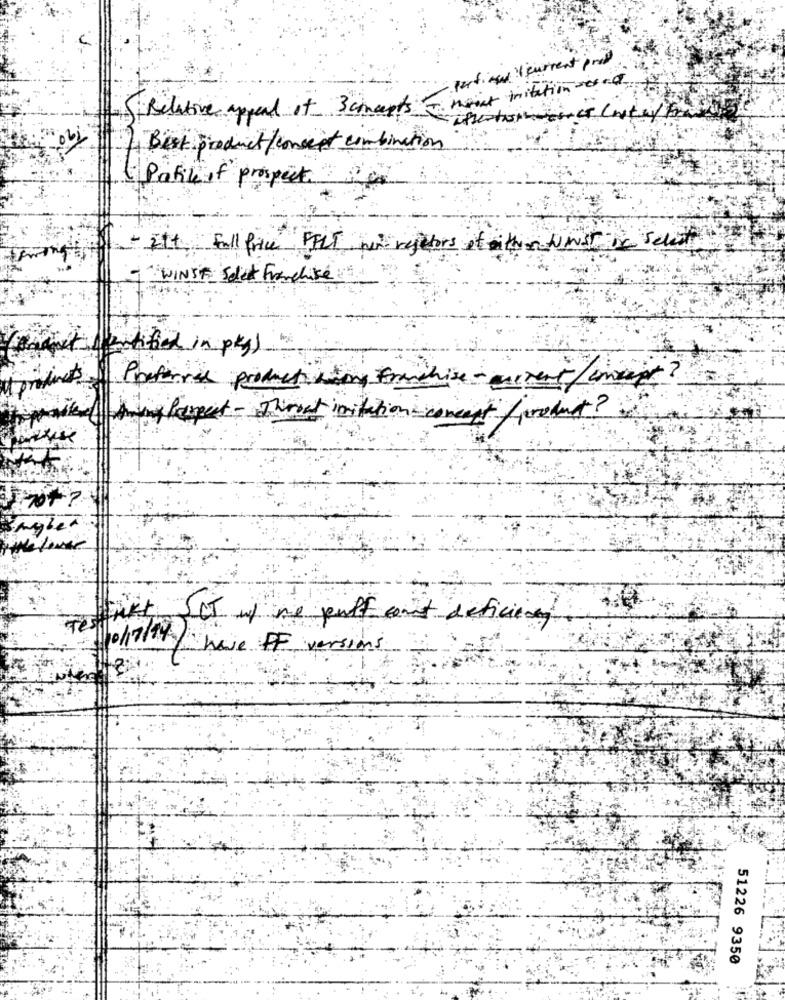
perfinal ( current prod
hout mitation - ...
5 Relative appeal it 3 concepts
Best product /concept combination
1 Pakke if prospect
- Itt fall fice FELT ner refetors of either wist De Select
- WINST Solet Franchise
tified in pkg)
Preferred product ving franchise - uncrent / cmp ?
Perpet -Thread imitation concent /product?
Ingles
Tenkt SCI wy me puff cont deficiency
1/10/17/14 / have FF versions
51226 9350